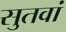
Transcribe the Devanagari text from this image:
सुतवां